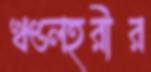
খণ্ডলহরীর